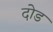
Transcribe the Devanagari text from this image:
दोड